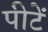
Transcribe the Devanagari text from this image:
पीटें